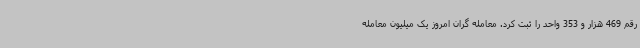
رقم 469 هزار و 353 واحد را ثبت کرد. معامله گران امروز یک میلیون معامله